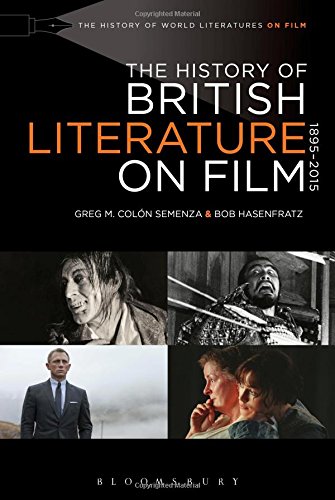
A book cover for The History of British Literature on Film, 1895-2015 (The History of World Literature on Film 1895-2015); Greg M. ColÃ³n Semenza; Humor & Entertainment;